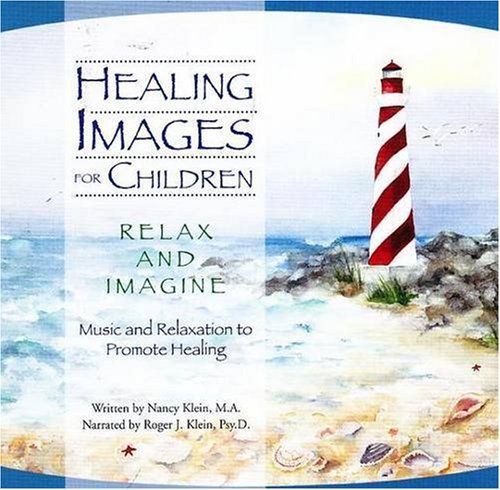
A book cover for Healing Images for Children CDEERelax and Imagine: Music and Relaxation to Promote Healing; Nancy Klein MA; Teen & Young Adult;